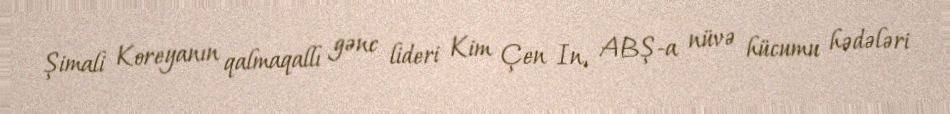
Şimali Koreyanın qalmaqallı gənc lideri Kim Çen In, ABŞ-a nüvə hücumu hədələri